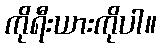
ကိုရီးယားကိုပါ။